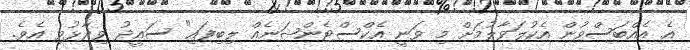
އެ އެއްބަސްވުން އެކުލަވާލުމަށް މި ވަނީ އެކްސްޓެންޝަނެއް ލިބިފައި" ސައީދު ވިދާޅުވި އެވެ.